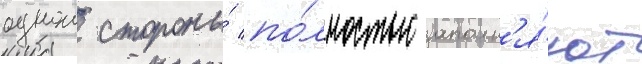
однои стороны́ по́лностью заполн'я́ют